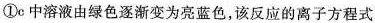
①c中溶液由绿色逐渐变为亮蓝色，该反应的离子方程式